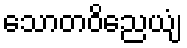
သောတဝိညေယျံ